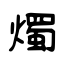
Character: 燭